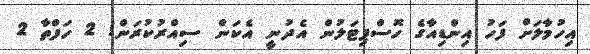
އިހުމާލަށް ފަހު އިންޑިއާގެ ހޮސްޕިޓަލުން އެދުނީ އެކަން ސިއްރުކުރަން! 2 ހަފްތާ 2